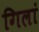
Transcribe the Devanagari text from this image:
गिलां